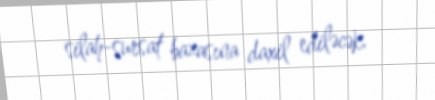
silah-sursat bazasına daxil ediləcək.